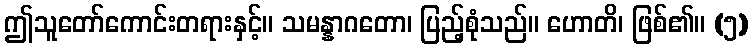
ဤသူတော်ကောင်းတရားနှင့်။ သမန္နာဂတော၊ ပြည့်စုံသည်။ ဟောတိ၊ ဖြစ်၏။ (၅)